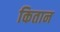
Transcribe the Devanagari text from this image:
कितान